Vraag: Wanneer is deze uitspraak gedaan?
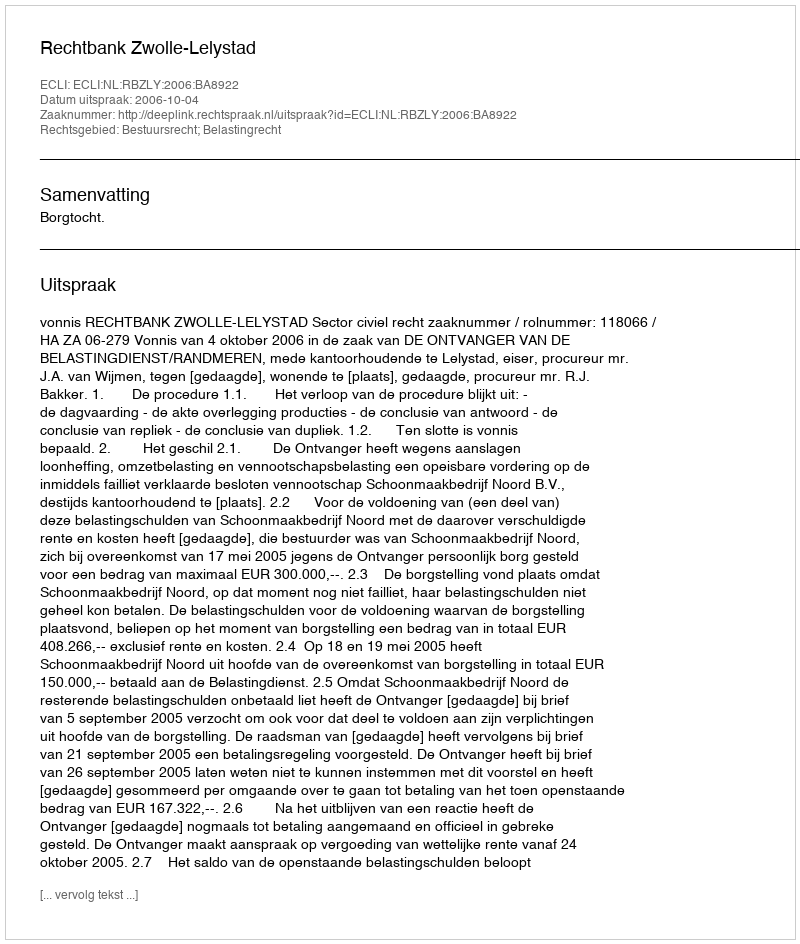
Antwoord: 2006-10-04